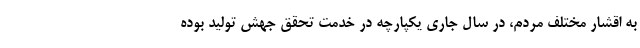
به اقشار مختلف مردم، در سال جاری یکپارچه در خدمت تحقق جهش تولید بوده